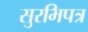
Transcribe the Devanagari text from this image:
सुरभिपत्र